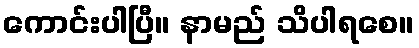
ကောင်းပါပြီ။ နာမည် သိပါရစေ။